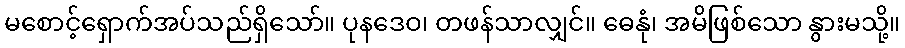
မစောင့်ရှောက်အပ်သည်ရှိသော်။ ပုနဒေဝ၊ တဖန်သာလျှင်။ ဓေနုံ၊ အမိဖြစ်သော နွားမသို့။